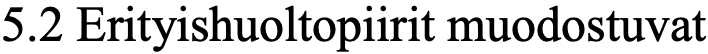
5.2 Erityishuoltopiirit muodostuvat